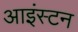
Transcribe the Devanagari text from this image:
आइंस्टन